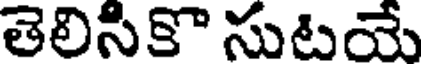
తెలిసికొ సుటయే